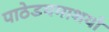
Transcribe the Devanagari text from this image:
पाठेडयमाशयो